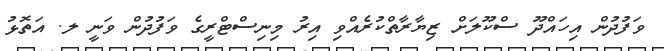
ވަފުދުން އިހައްދޫ ސްކޫލަށް ޒިޔާރާތްކުރެއްވި އިރު މިނިސްޓްރީގެ ވަފުދުން ވަނީ ލ. އަތޮޅު